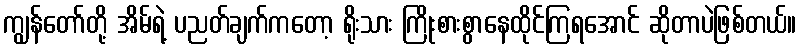
ကျွန်တော်တို့ အိမ်ရဲ့ ပညတ်ချက်ကတော့ ရိုးသား ကြိုးစားစွာနေထိုင်ကြရအောင် ဆိုတာပဲဖြစ်တယ်။